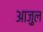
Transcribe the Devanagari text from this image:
आज़ुल